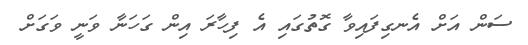
ސަން އަށް އެނގިފައިވާ ގޮތުގައި އެ ފިހާރަ އިން ގަހަނާ ވަނީ ވަގަށް